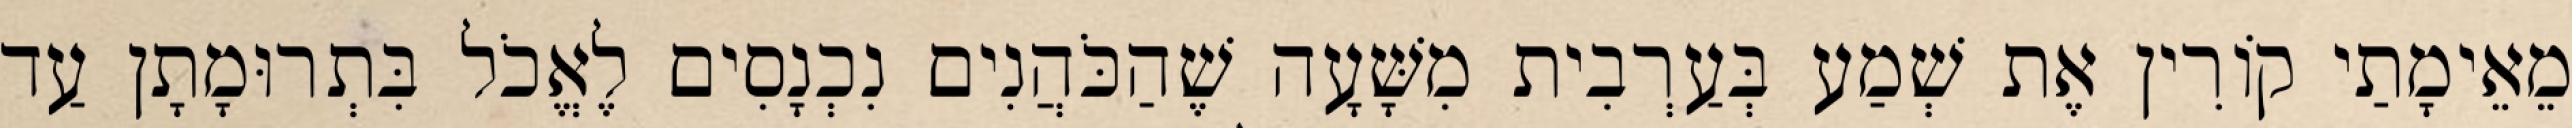
מֵאֵימָתַי קוֹרִין אֶת שְׁמַע בְּעַרְבִית מִשָּׁעָה שֶׁהַכֹּהֲנִים נִכְנָסִים לֶאֱכֹל בִּתְרוּמָתָן עַד